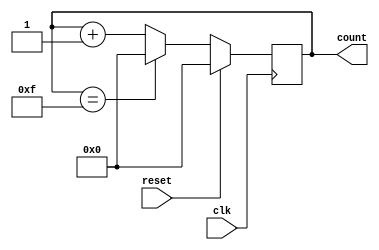
module binary_counter (
    input wire clk,
    input wire reset,
    output reg [3:0] count
);

reg [3:0] next_count;

always @(posedge clk) begin
    if (reset) begin
        count <= 4'b0000;
    end else begin
        count <= next_count;
    end
end

always @* begin
    if (count == 4'b1111) begin
        next_count = 4'b0000;
    end else begin
        next_count = count + 1;
    end
end

endmodule